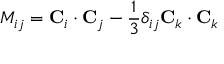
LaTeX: M _ { i j } = { \bf C } _ { i } \cdot { \bf C } _ { j } - { \frac { 1 } { 3 } } \delta _ { i j } { \bf C } _ { k } \cdot { \bf C } _ { k }